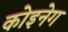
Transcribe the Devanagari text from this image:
कोइनेग